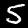
Digit: 5